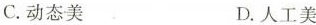
C. 动态美 D. 人工美